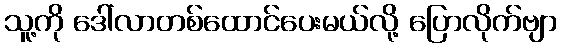
သူ့ကို ဒေါ်လာတစ်ထောင်ပေးမယ်လို့ ပြောလိုက်ဗျာ